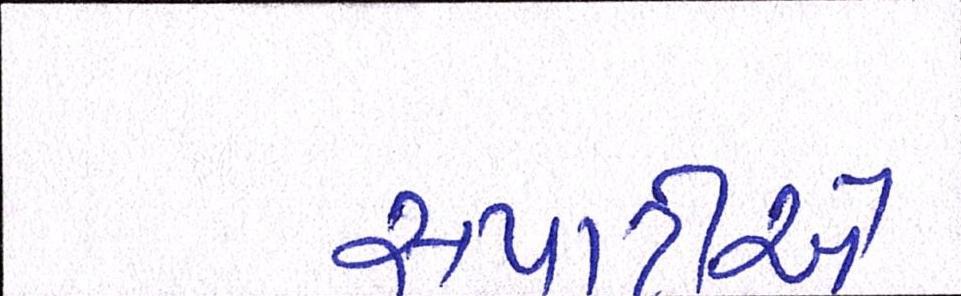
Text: સપાટીએ